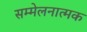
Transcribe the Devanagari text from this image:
सम्मेलनात्मक